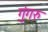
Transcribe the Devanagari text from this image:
गुंगरु